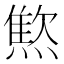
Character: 燞